Civil Veterinary Dept. North-West Frontier Province 1901-22 - 1901-1922
Year: 1901
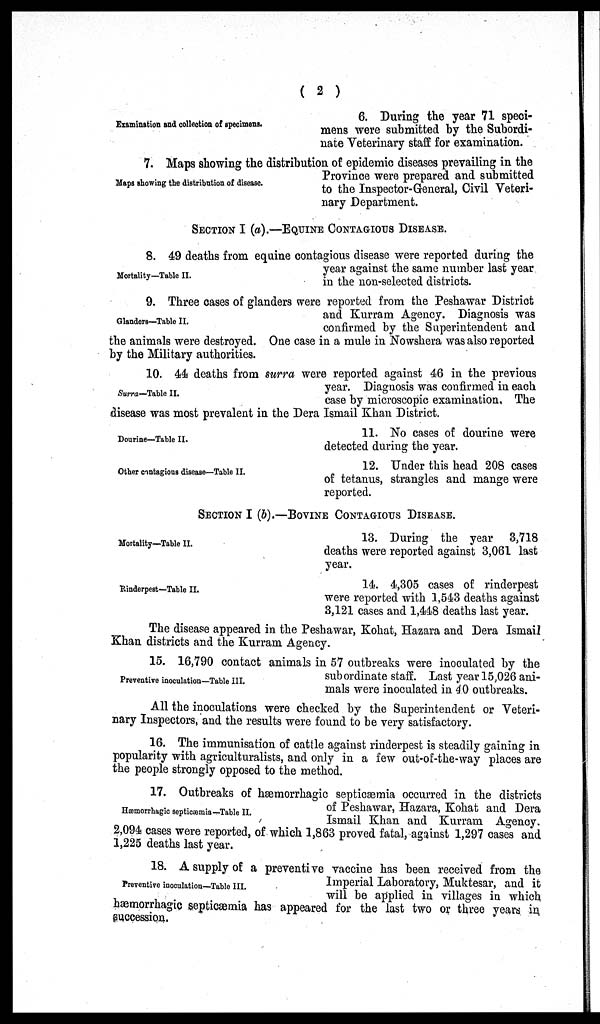
(2)
Examination and collection of specimens.
6. During the year 71 speci-
mens were submitted by the Subordi-
nate Veterinary staff for examination.
Maps showing the distribution of disease.
7. Maps showing the distribution of epidemic diseases prevailing in the
Province were prepared and submitted
to the Inspector-General, Civil Veteri-
nary Department.
SECTION I (a).–EQUINE CONTAGIOUS DISEASE.
Mortality—Table II.
8. 49 deaths from equine contagious disease were reported during the
year against the same number last year
in the non-selected districts.
Glanders—Table II.
9. Three cases of glanders were reported from the Peshawar District
and Kurram Agency. Diagnosis was
confirmed by the Superintendent and
the animals were destroyed. One case in a mule in Nowshera was also reported
by the Military authorities.
Surra—Table II.
10. 44 deaths from surra were reported against 46 in the previous
year. Diagnosis was confirmed in each
case by microscopic examination. The
disease was most prevalent in the Dera Ismail Khan District.
Dourine—Table II.
11. No cases of dourine were
detected during the year.
Other contagious disease—Table II.
12. Under this head 208 cases
of tetanus, strangles and mange were
reported.
SECTION I (b).—BOVINE CONTAGIOUS DISEASE.
Mortality—Table II.
13. During the year 3,718
deaths were reported against 3,061 last
year.
Rinderpest—Table II.
14. 4,305 cases of rinderpest
were reported with 1,543 deaths against
3,121 cases and 1,448 deaths last year.
The disease appeared in the Peshawar, Kohat, Hazara and Dera Ismail
Khan districts and the Kurram Agency.
Preventive inoculation—Table III.
15. 16,790 contact animals in 57 outbreaks were inoculated by the
subordinate staff. Last year 15,026 ani-
mals were inoculated in 40 outbreaks.
All the inoculations were checked by the Superintendent or Veteri-
nary Inspectors, and the results were found to be very satisfactory.
16. The immunisation of cattle against rinderpest is steadily gaining in
popularity with agriculturalists, and only in a few out-of-the-way places are
the people strongly opposed to the method.
Hæmorrhagic septicæmia—Table II.
17. Outbreaks of hæmorrhagic septicæmia occurred in the districts
of Peshawar, Hazara, Kohat and Dera
Ismail Khan and Kurram Agency.
2,094 cases were reported, of which 1,863 proved fatal, against 1,297 cases and
1,225 deaths last year.
Preventive inoculation—Table III.
18. A supply of a preventive vaccine has been received from the
Imperial Laboratory, Muktesar, and it
will be applied in villages in which
hæmorrhagic septicæmia has appeared for the last two or three years in
succession.